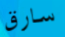
سارق